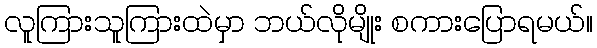
လူကြားသူကြားထဲမှာ ဘယ်လိုမျိုး စကားပြောရမယ်။